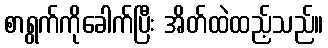
စာရွက်ကိုခေါက်ပြီး အိတ်ထဲထည့်သည်။